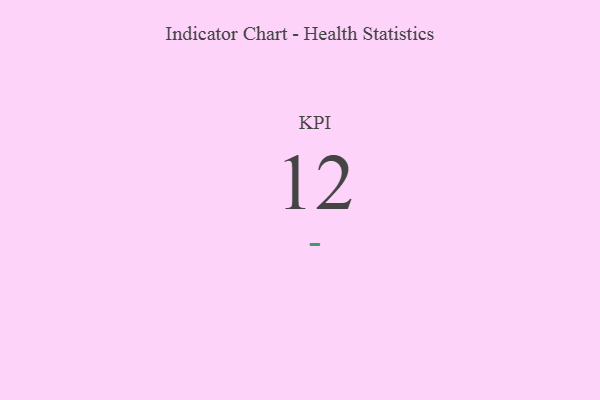
{"axis": {"x": "KPI", "y": "Value"}, "legend": [""], "data": [{"x": "KPI", "y": 12, "type": ""}]}